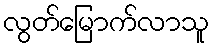
လွတ်မြောက်လာသူ